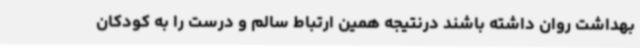
بهداشت روان داشته باشند درنتیجه همین ارتباط سالم و درست را به کودکان